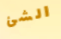
الشئ